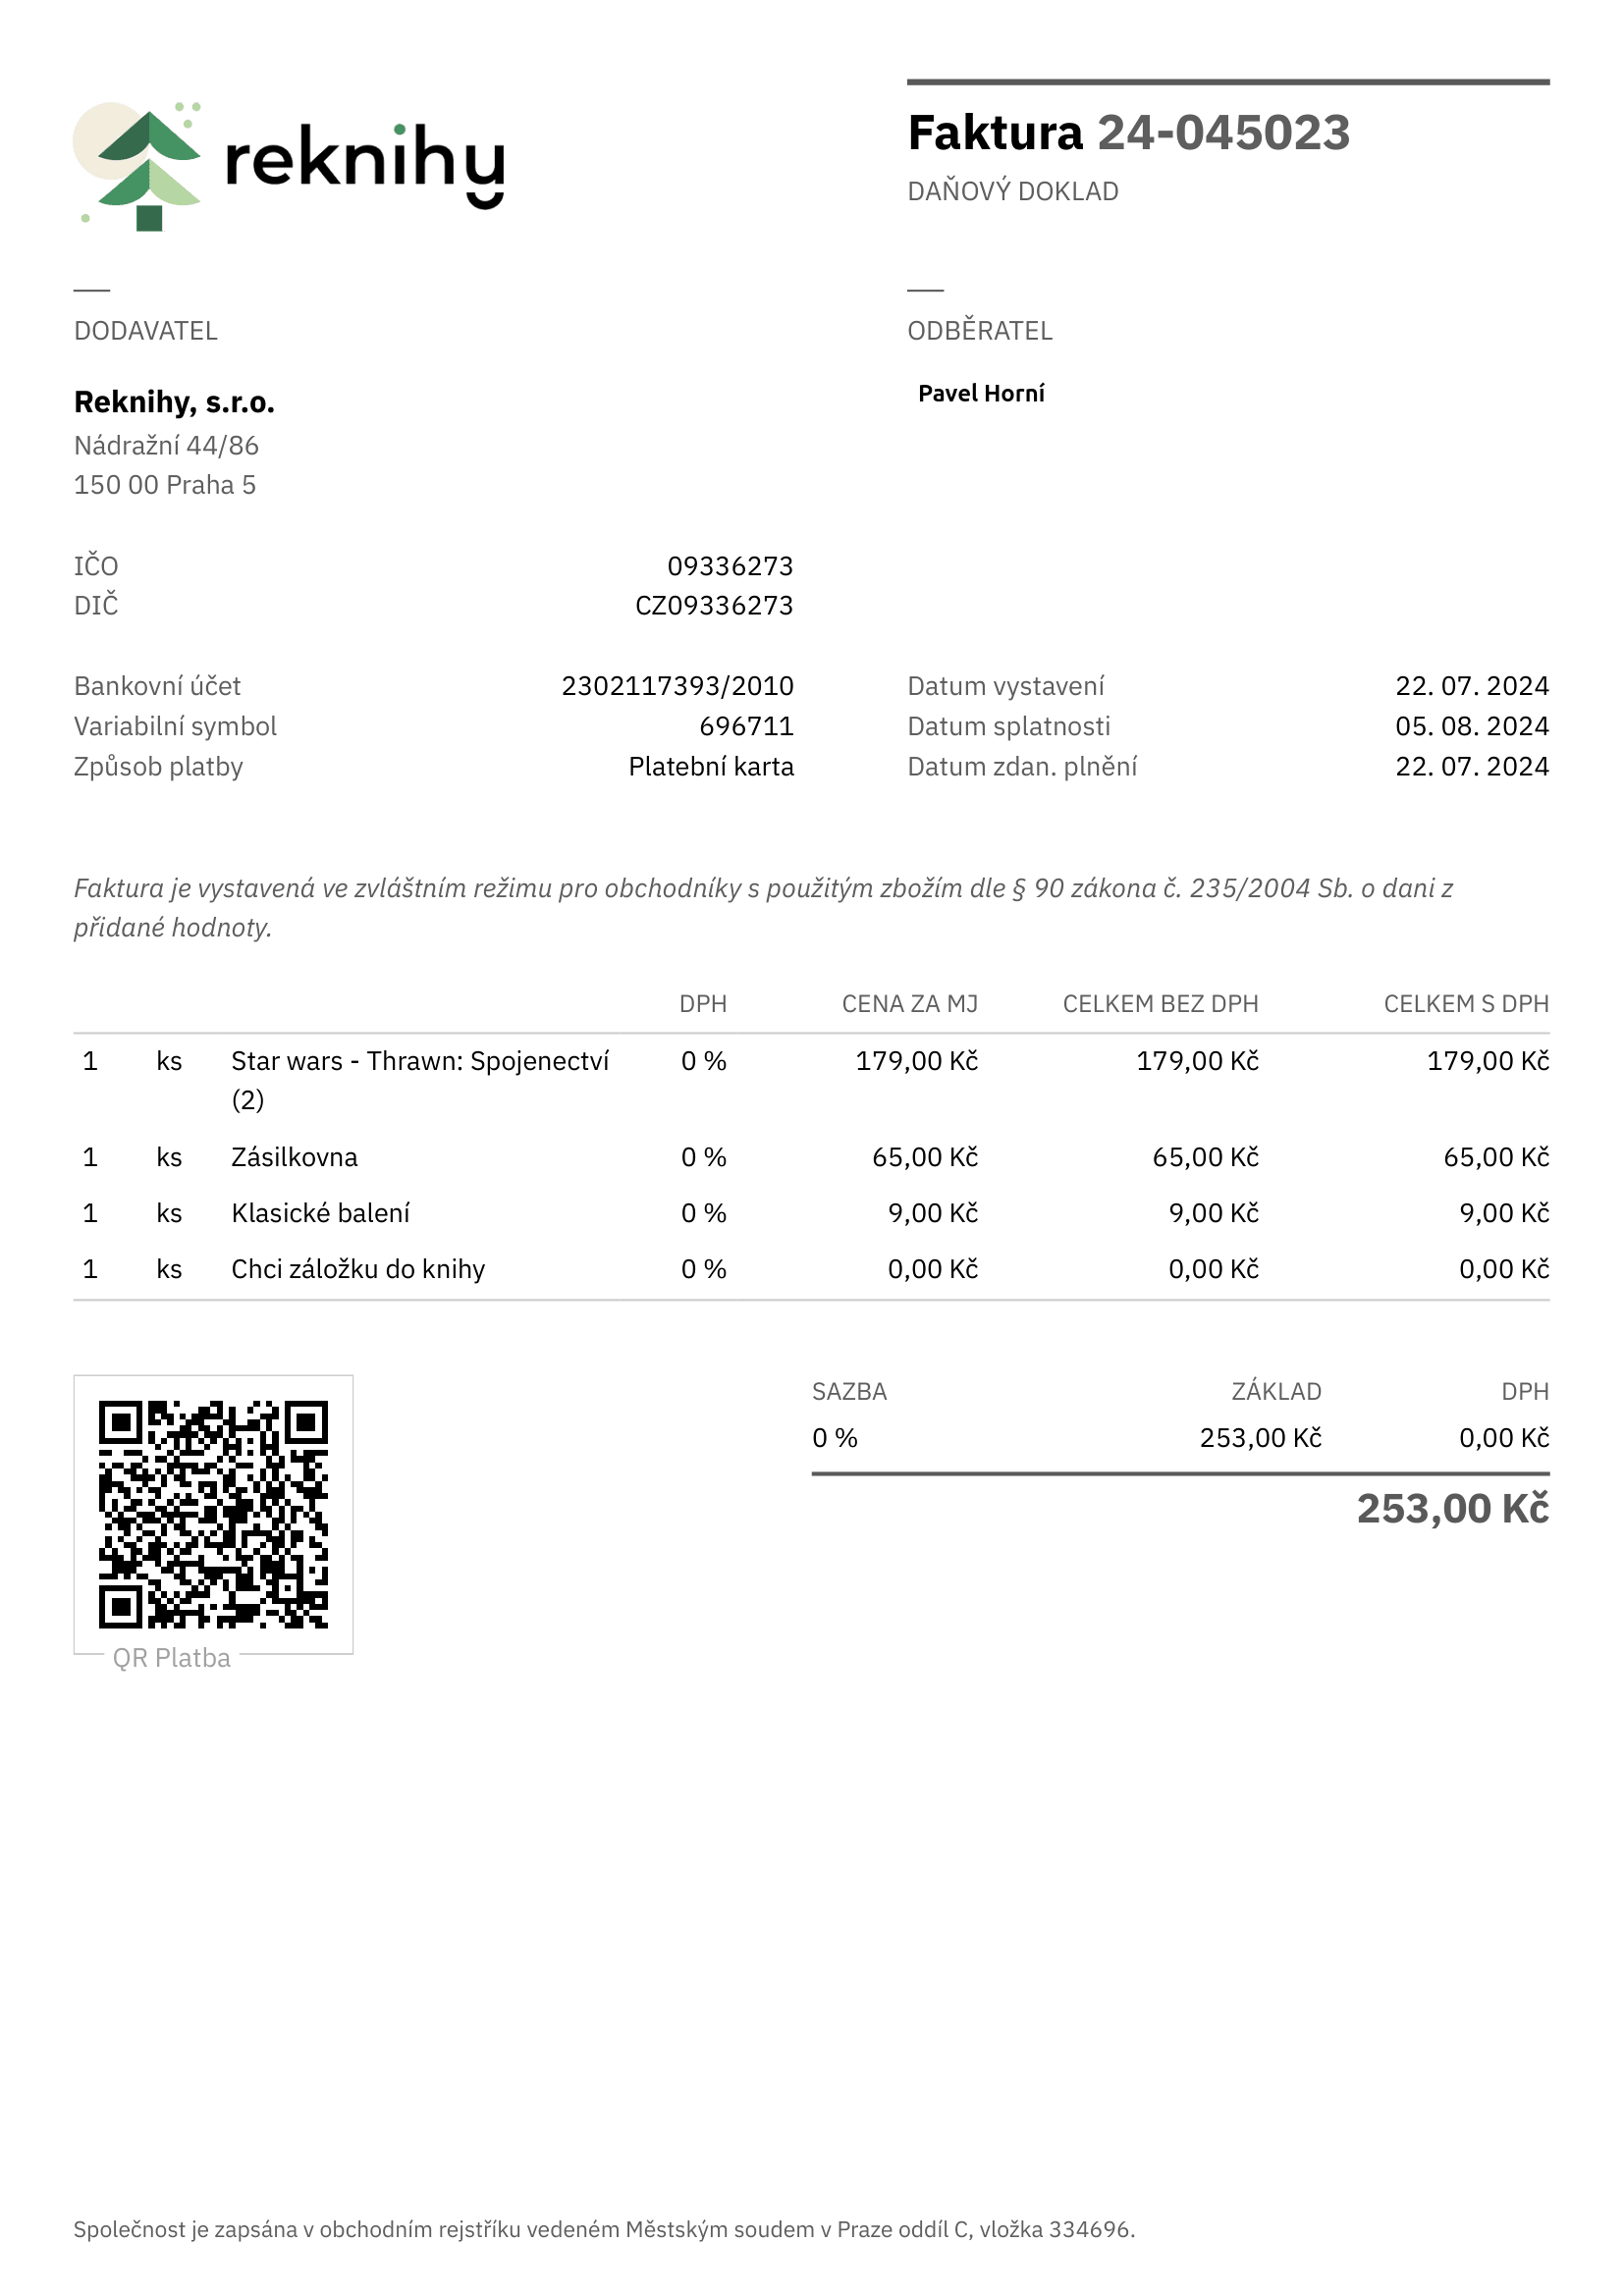
invoice_number: 24-045023
supp_register_id: 09336273
supp_tax_id: CZ09336273
issue_date: 22.07.2024
taxable_supply_date: 22.07.2024
due_date: 05.08.2024
payment_type: Platební karta
bank_account_number: 2302117393/2010
variable_symbol: 696711
total: 253,00